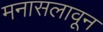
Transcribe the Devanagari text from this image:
मनासलावून